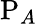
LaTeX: \mathrm{P}_{A}